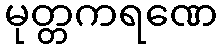
မုတ္တကရဏေ